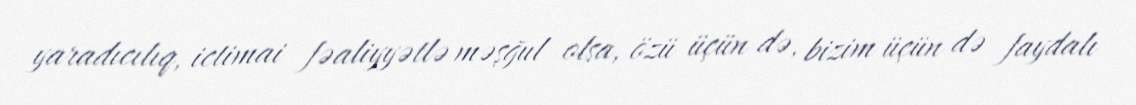
yaradıcılıq, ictimai fəaliyyətlə məşğul olsa, özü üçün də, bizim üçün də faydalı